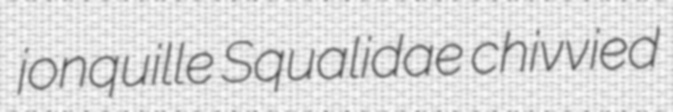
jonquille Squalidae chivvied